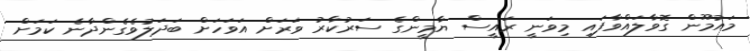
މައުމޫން ގޮވާލައްވާފައި މިވަނީ ރައީސް ޔާމީންގެ ސަރުކާރު ވަރަށް އަވަހަށް ބަދަލުވެގެންދާނެ ކަމަށް